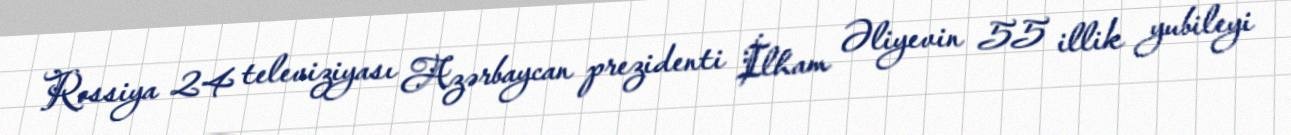
Rossiya 24 televiziyası Azərbaycan prezidenti İlham Əliyevin 55 illik yubileyi